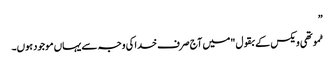
”
ٹموتھی ویکس کے بقول "میں آج صرف خدا کی وجہ سے یہاں موجود ہوں۔